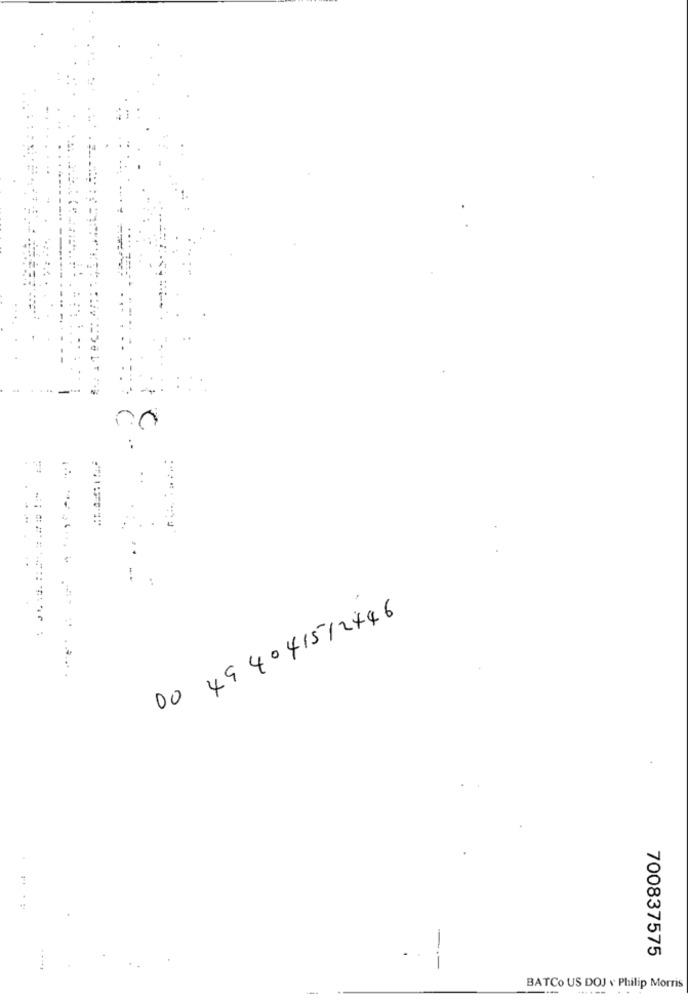
-
00 494041512446
--
700837575
BATCo US DOJ v Philip Morris
---- ..